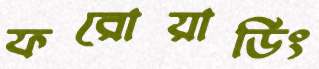
ফরোয়ার্ডিং